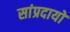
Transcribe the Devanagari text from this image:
सांप्रदायों